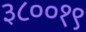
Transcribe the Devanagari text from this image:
३८००१९